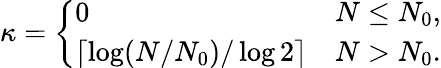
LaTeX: \kappa=\left\{ \begin{array}{ll}{0}&{N\leq N_{0},}\\ {\lceil\log(N/N_{0})/\log 2\rceil}&{N>N_{0}.}\end{array}\right.